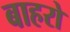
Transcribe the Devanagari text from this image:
बाहरो